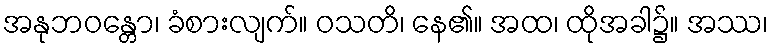
အနုဘဝန္တော၊ ခံစားလျက်။ ဝသတိ၊ နေ၏။ အထ၊ ထိုအခါ၌။ အဿ၊